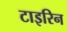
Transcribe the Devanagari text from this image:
टाइरिन